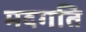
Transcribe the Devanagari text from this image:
मदगति